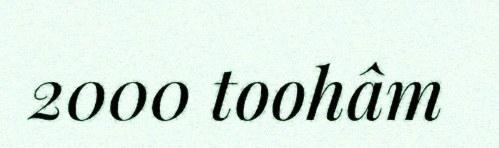
2000 toohâm